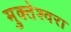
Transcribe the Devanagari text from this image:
मुक्‍तेश्‍वरा